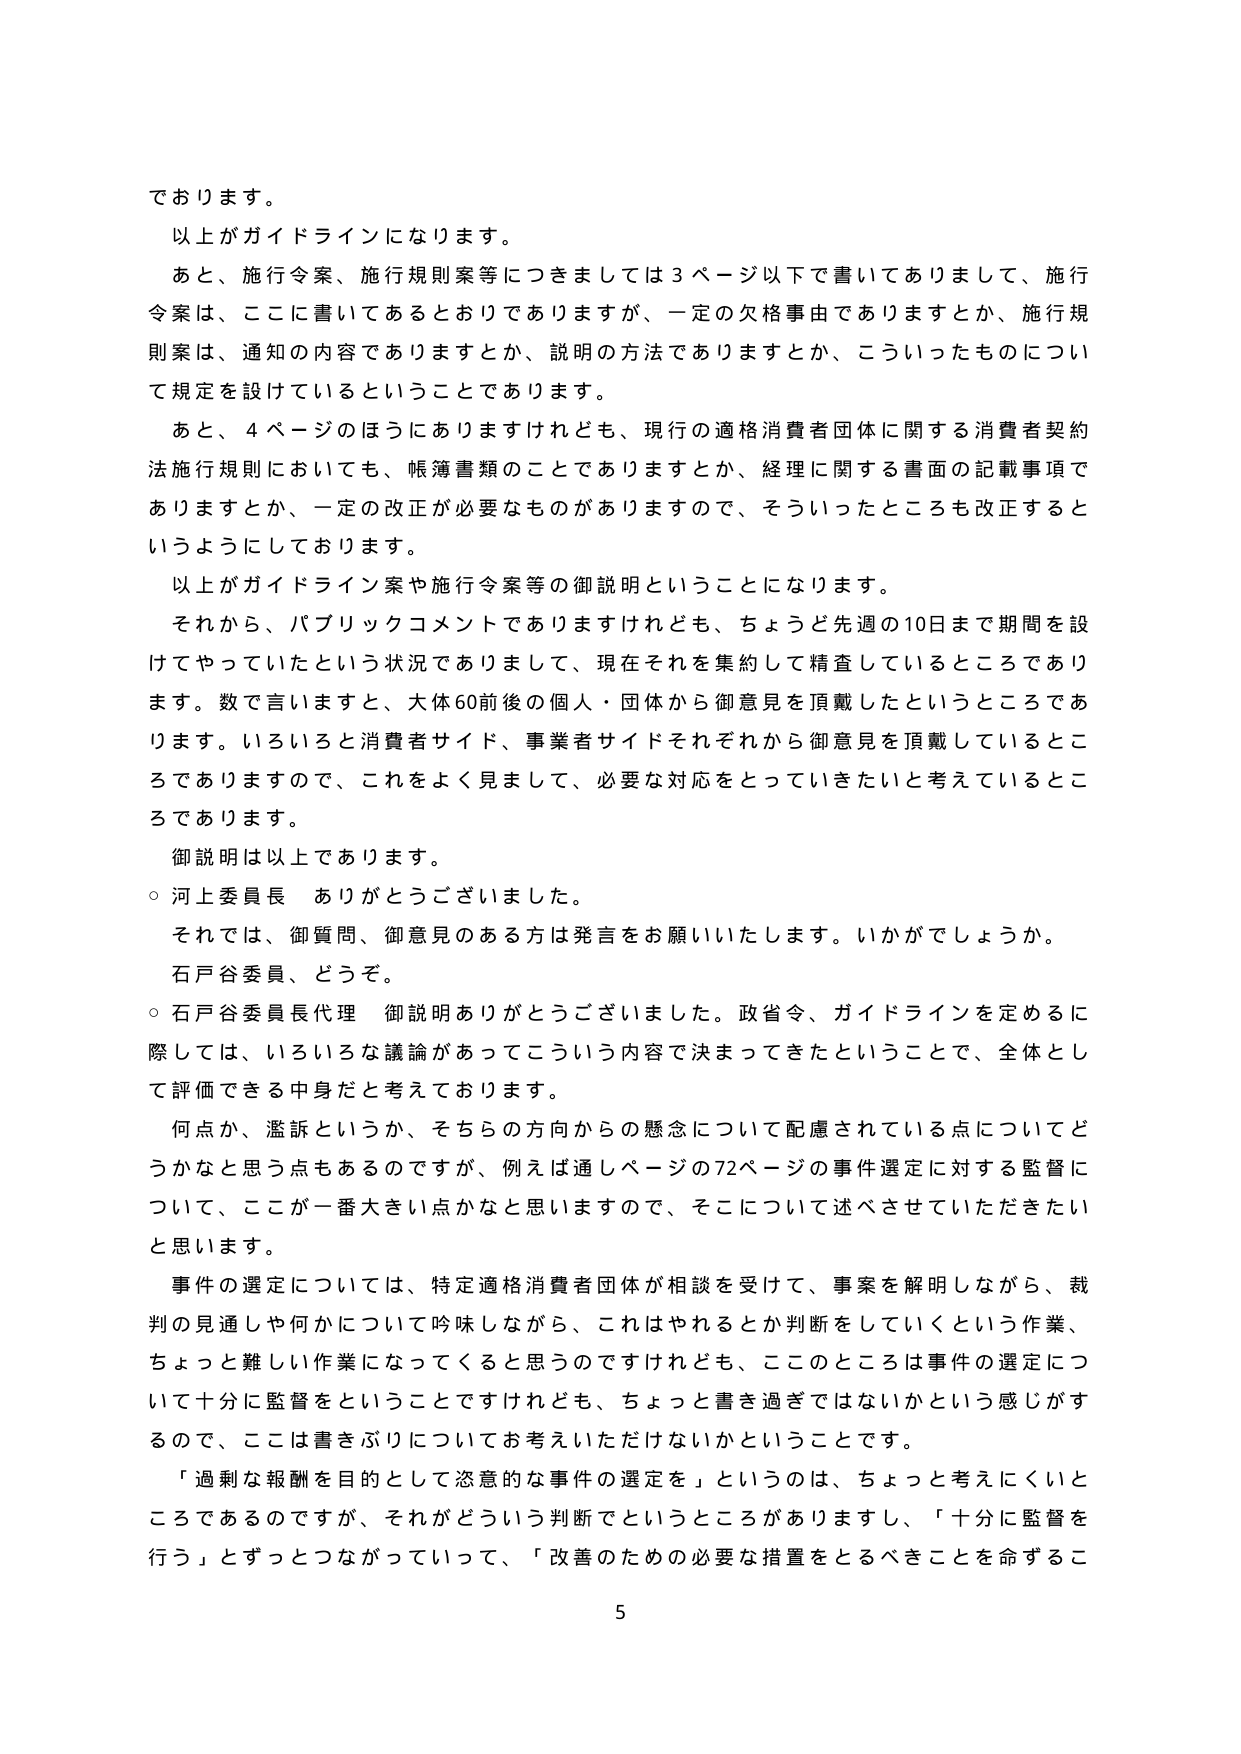
ております。
以上がガイドラインになります。
あと、施行令案、施行規則案等につきましては３ページ以下で書いてありまして、施行
令案は、ここに書いてあるとおりでありますが、一定の欠格事由でありますとか、施行規
則案は、通知の内容でありますとか、説明の方法でありますとか、こういったものについ
て規定を設けているということであります。
あと、４ページのほうにありますけれども、現行の適格消費者団体に関する消費者契約
法施行規則においても、帳簿書類のことであるりますとか、経理に関する書面の記載事項で
ありますとか、一定の改正が必要なものがありますので、そういったところも改正すると
いうようにしております。
以上がガイドライン案や施行令案等の御説明ということになります。
それから、パブリックコメントでありますけれども、ちょうど先週の10日まで期間を設
けてやっていたという状況でありますして、現在それを集約して精査しているところであり
ます。数で言いますと、大体60前後の個人・団体から御意見を頂戴したというところであ
ります。いろいろと消費者サイド、事業者サイドそれぞれから御意見を頂戴しているとこ
ろでありますので、これをよく見まして、必要な対応をとっていきたいと考えているとこ
ろであります。
御説明は以上であります。
○ 河上委員長 ありがとうございました。
それでは、御質問、御意見のある方は発言をお願いいたします。いかがでしょうか。
石戸谷委員、どうぞ。
○ 石戸谷委員長代理 御説明ありがとうございました。政省令、ガイドラインを定めるに
際しては、いろいろな議論があってこういう内容で決まってきたということで、全体とし
て評価できる中身だと考えております。
何点か、濫訴というか、そちらの方向からの懸念について配慮されている点についてど
うかなと思う点もあるのですが、例えば通しページの72ページの事件選定に対する監督に
ついて、ここが一番大きい点かなと思いますので、そこについて述べさせていただきたい
と思います。
事件の選定については、特定適格消費者団体が相談を受けて、事案を解明しながら、裁
判の見通しや何かについて吟味しながら、これはやれるとか判断をしていくという作業、
ちょっと難しい作業になってくると思うのですけれども、このところは事件の選定につ
いて十分に監督ということですけれども、ちょっと書き過ぎではないかという感じがす
るので、ここは書きぶりについてお考えいただけないかということです。
「過剰な報酬を目的として恣意的な事件の選定を」というのは、ちょっと考えにくいと
ころであるのですが、それがどういう判断でというところがありますし、「十分に監督を
行う」とずっとつながっていって、「改善のための必要な措置をとるべきことを命ずるこ
5